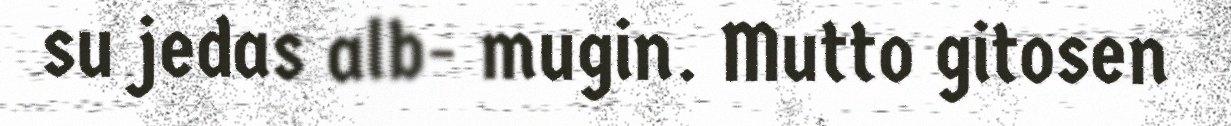
su jedas alb- mugin. Mutto gitosen